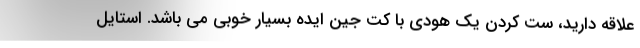
علاقه دارید، ست کردن یک هودی با کت جین ایده بسیار خوبی می باشد. استایل